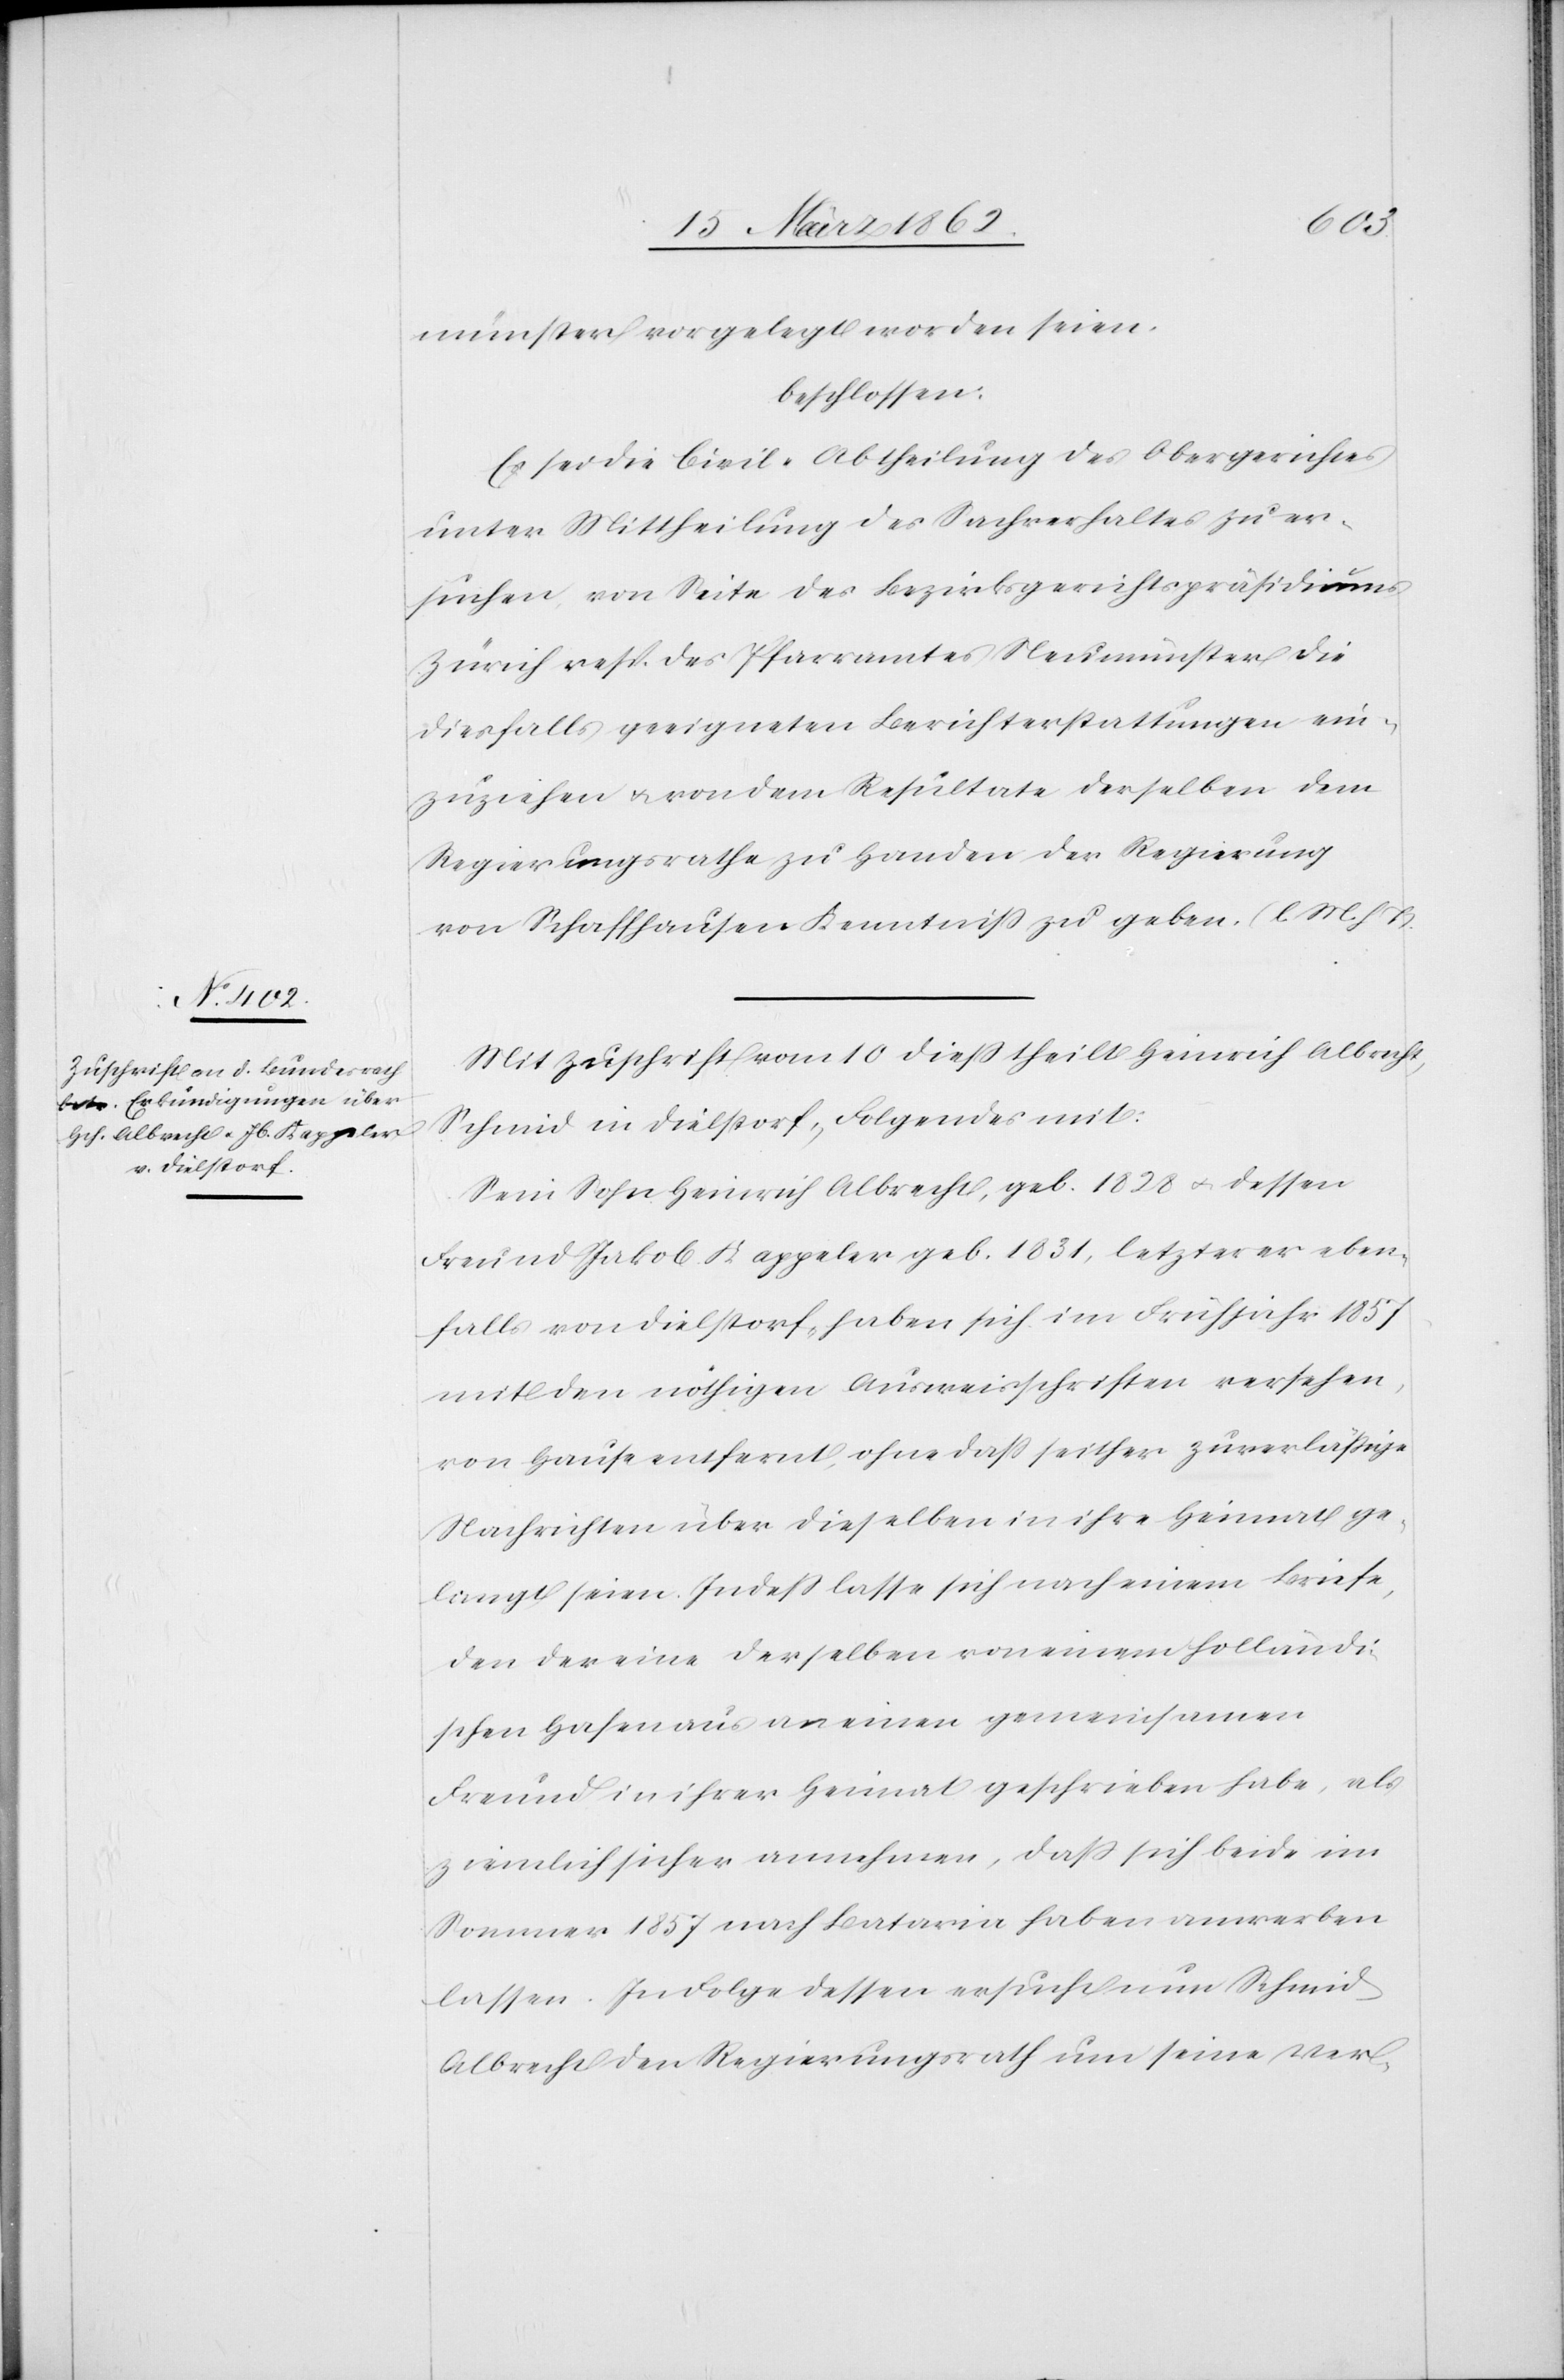
münster vorgelegt worden seien.
beschlossen:
Es sei die Civil-Abtheilung des Obergerichtes
unter Mittheilung des Sachverhaltes zu er¬
suchen, von Seite des Bezirksgerichtspräsidiums
Zürich resp. des Pfarramtes Neumünster die
diesfalls geeigneten Berichterstattungen ein¬
zuziehen u. von dem Resultate derselben dem
Regierungsrathe zu Handen der Regierung
von Schaffhausen Kenntniß zu geben. (l. M. h. T.).
Mit Zuschrift vom 10 dieß theilt Heinrich Albrecht,
Schmid in Dielstorf, Folgendes mit:
Sein Sohn Heinrich Albrecht, geb. 1828 u. dessen
Freund Jakob Kappeler geb. 1831, letzterer eben¬
falls von Dielstorf, haben sich im Frühjahr 1857
mit den nöthigen Ausweisschriften versehen,
von Hause entfernt, ohne daß seither zuverläßige
Nachrichten über dieselben in ihre Heimat ge¬
langt seien. Indeß lasse sich nach einem Briefe,
den der eine derselben von einem holländi¬
schen Hafen aus an einen gemeinsamen
Freund in ihrer Heimat geschrieben habe, als
ziemlich sicher annehmen, daß sich beide im
Sommer 1857 nach Batavia haben anwerben
lassen. In Folge dessen ersucht nun Schmid
Albrecht den Regierungsrath um seine Ver-